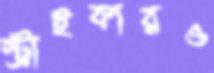
স্ট্রাইকারও